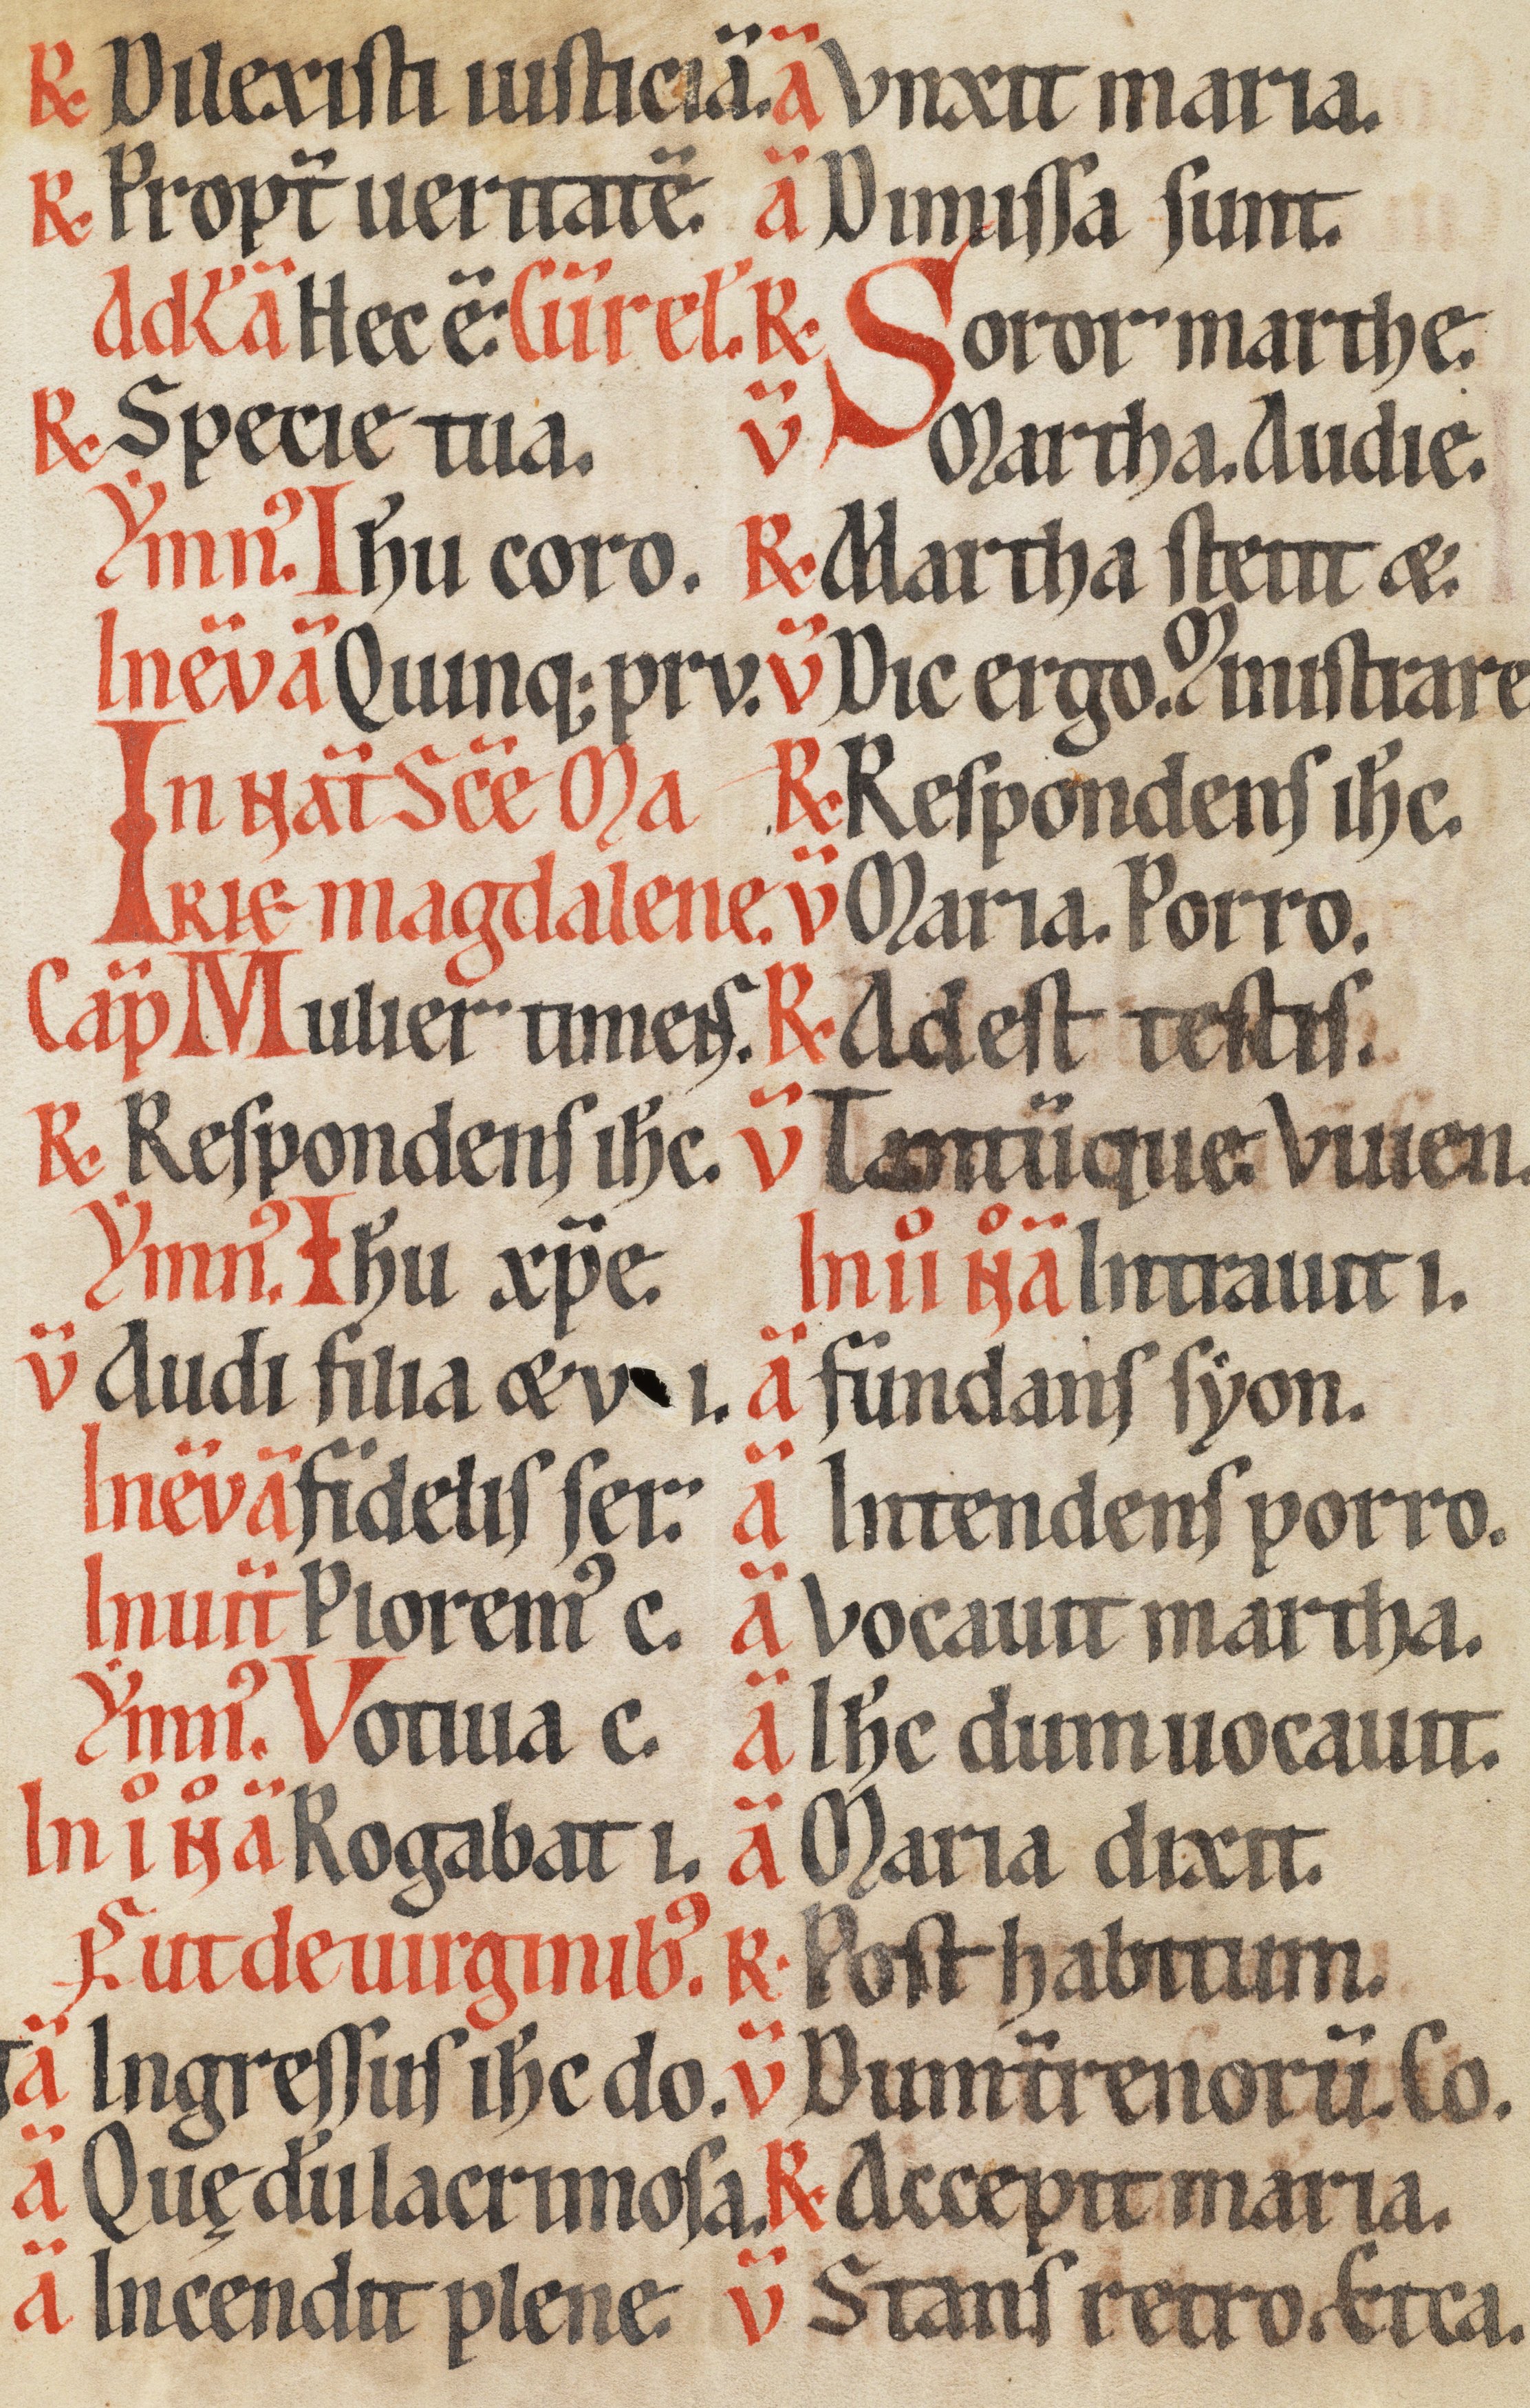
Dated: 1170–1230